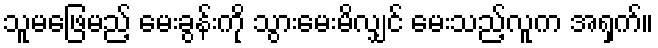
သူမဖြေမည့် မေးခွန်းကို သွားမေးမိလျှင် မေးသည့်လူက အရှက်။